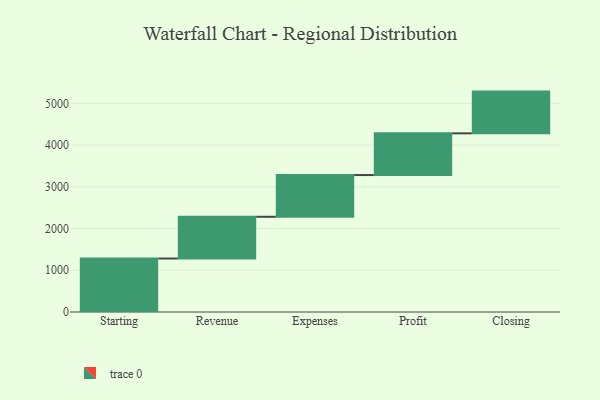
{"axis": {"x": "Step", "y": "Value"}, "legend": [""], "data": [{"x": "Starting", "y": 1282.0, "type": ""}, {"x": "Revenue", "y": 1000, "type": ""}, {"x": "Expenses", "y": 1000, "type": ""}, {"x": "Profit", "y": 1000, "type": ""}, {"x": "Closing", "y": 1000, "type": ""}]}